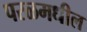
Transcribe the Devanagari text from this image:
परळमधील